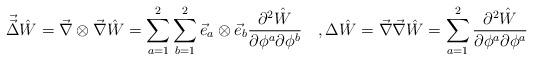
LaTeX: \begin{align*}\vec{\vec{\Delta}}\hat{W}=\vec{\nabla}\otimes\vec{\nabla}\hat{W}=\sum_{a=1}^2\sum_{b=1}^2\vec{e}_a\otimes\vec{e}_b\frac{\partial^2\hat{W}}{\partial\phi^a\partial\phi^b}\quad,\Delta\hat{W}=\vec{\nabla}\vec{\nabla}\hat{W}=\sum_{a=1}^2\frac{\partial^2\hat{W}}{\partial\phi^a\partial\phi^a}\end{align*}